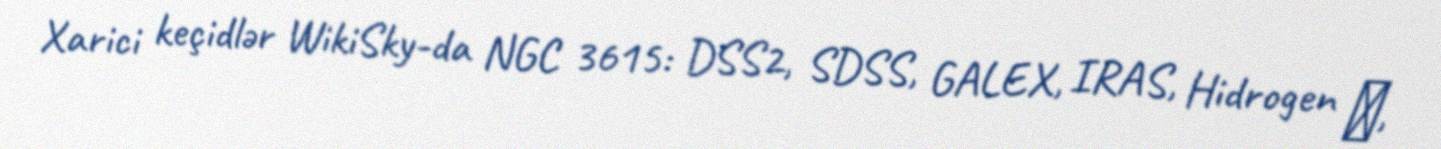
Xarici keçidlər WikiSky-da NGC 3615: DSS2, SDSS, GALEX, IRAS, Hidrogen α,